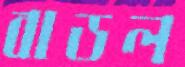
বাডল